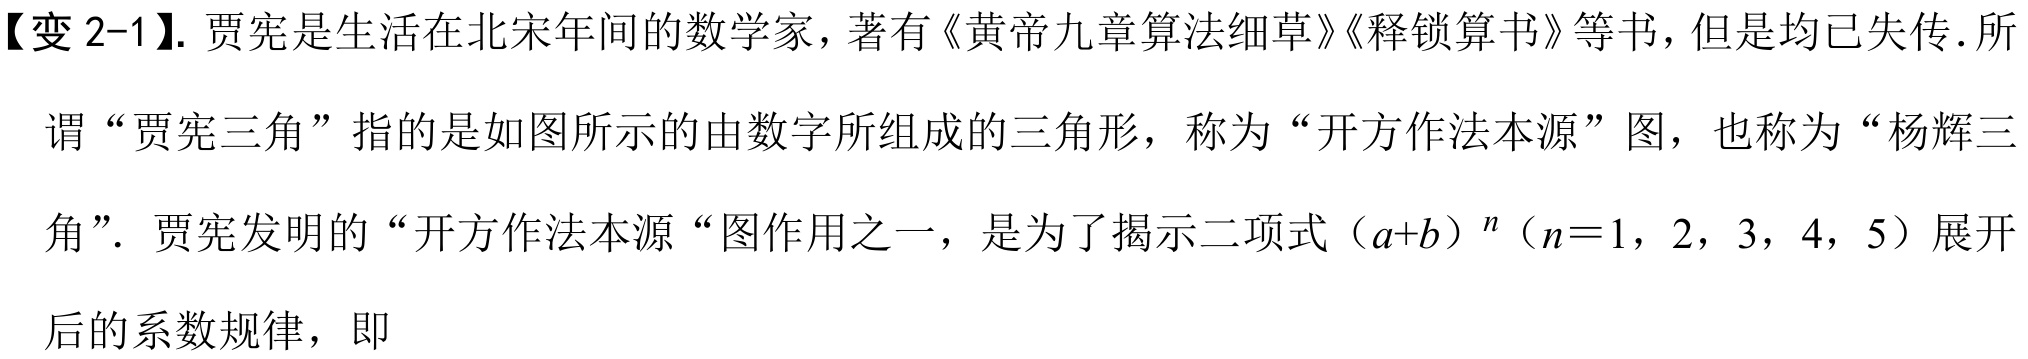
【变 2-1】. 贾宪是生活在北宋年间的数学家，著有《黄帝九章算法细草》《释锁算书》等书，但是均已失传.所谓“贾宪三角”指的是如图所示的由数字所组成的三角形，称为“开方作法本源”图，也称为“杨辉三角”. 贾宪发明的“开方作法本源“图作用之一，是为了揭示二项式\((a + b)^{n}\)（\(n = 1\)，\(2\)，\(3\)，\(4\)，\(5\)）展开后的系数规律，即